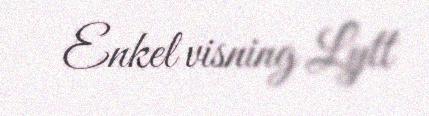
Enkel visning Lytt